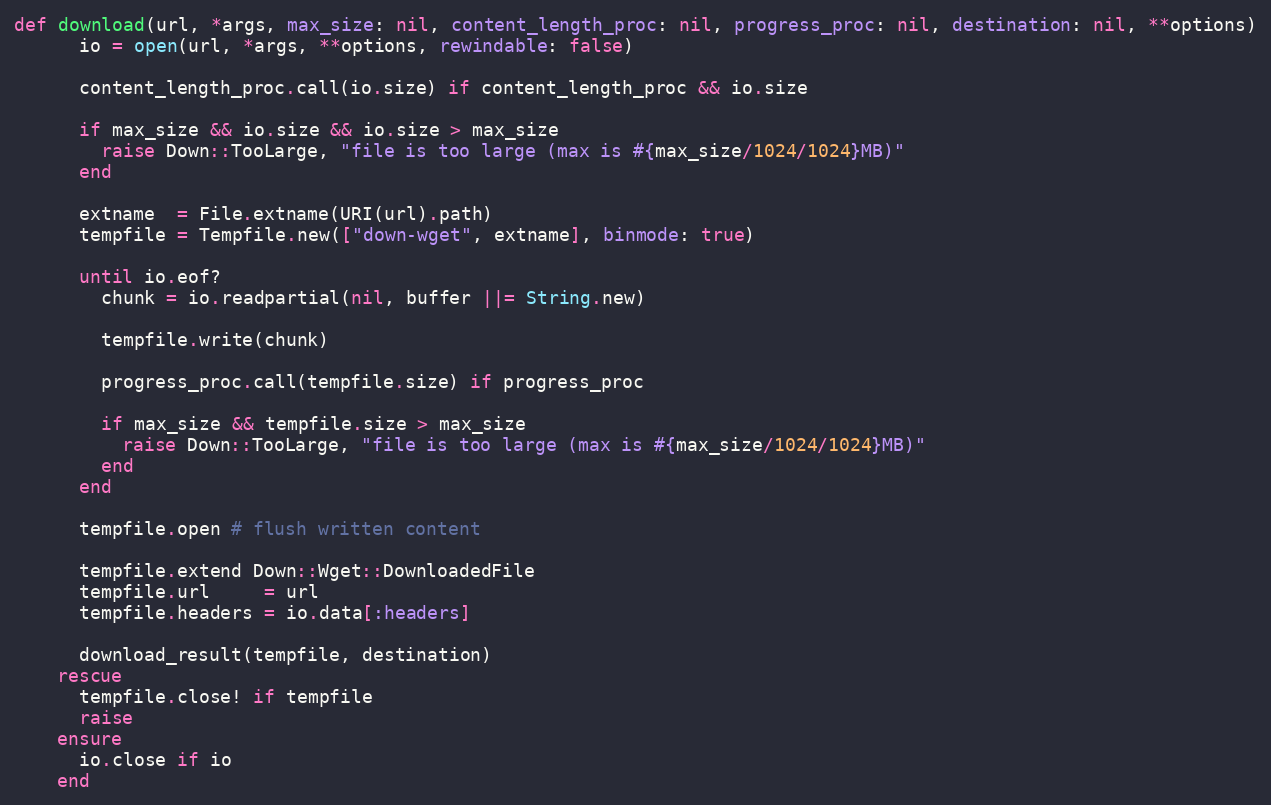
Language: Ruby
def download(url, *args, max_size: nil, content_length_proc: nil, progress_proc: nil, destination: nil, **options)
      io = open(url, *args, **options, rewindable: false)

      content_length_proc.call(io.size) if content_length_proc && io.size

      if max_size && io.size && io.size > max_size
        raise Down::TooLarge, "file is too large (max is #{max_size/1024/1024}MB)"
      end

      extname  = File.extname(URI(url).path)
      tempfile = Tempfile.new(["down-wget", extname], binmode: true)

      until io.eof?
        chunk = io.readpartial(nil, buffer ||= String.new)

        tempfile.write(chunk)

        progress_proc.call(tempfile.size) if progress_proc

        if max_size && tempfile.size > max_size
          raise Down::TooLarge, "file is too large (max is #{max_size/1024/1024}MB)"
        end
      end

      tempfile.open # flush written content

      tempfile.extend Down::Wget::DownloadedFile
      tempfile.url     = url
      tempfile.headers = io.data[:headers]

      download_result(tempfile, destination)
    rescue
      tempfile.close! if tempfile
      raise
    ensure
      io.close if io
    end